Indian journal of veterinary science and animal husbandry - Volumes 22-23, 1952-1953
Year: 1952
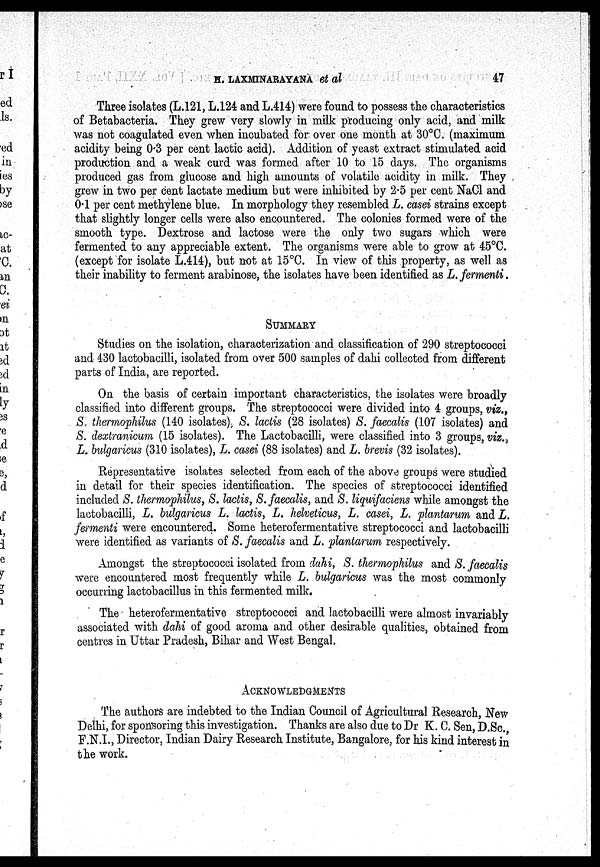
H. LAXMINARAYANA et
al
47
Three isolates (L.121, L.124 and L.414) were found to possess the characteristics
of Betabacteria. They grew very slowly in milk producing only acid, and milk
was not coagulated even when incubated for over one month at 30°C. (maximum
acidity being 0.3 per cent lactic acid). Addition of yeast extract stimulated acid
production and a weak curd was formed after 10 to 15 days. The organisms
produced gas from glucose and high amounts of volatile acidity in milk. They
grew in two per cent lactate medium but were inhibited by 2.5 per cent NaCl and
0.1 per cent methylene blue. In morphology they resembled L. casei strains except
that slightly longer cells were also encountered. The colonies formed were of the
smooth type. Dextrose and lactose were the only two sugars which were
fermented to any appreciable extent. The organisms were able to grow at 45°C.
(except for isolate L.414), but not at 15°C. In view of this property, as well as
their inability to ferment arabinose, the isolates have been identified as L. fermenti.
SUMMARY
Studies on the isolation, characterization and classification of 290 streptococci
and 430 lactobacilli, isolated from over 500 samples of dahi collected from different
parts of India, are reported.
On the basis of certain important characteristics, the isolates were broadly
classified into different groups. The streptococci were divided into 4 groups, viz.,
S. thermophilus (140 isolates), S. lactis (28 isolates) S. faecalis (107 isolates) and
S. dextranicum (15 isolates). The Lactobacilli, were classified into 3 groups, viz.,
L. bulgaricus (310 isolates), L. casei (88 isolates) and L. brevis (32 isolates).
Representative isolates selected from each of the above groups were studied
in detail for their species identification. The species of streptococci identified
included S. thermophilus, S. lactis, S. faecalis, and S. liquifaciens while amongst the
lactobacilli, L. bulgaricus L. lactis, L. helveticus, L. casei, L. plantarum and L.
fermenti were encountered. Some heterofermentative streptococci and lactobacilli
were identified as variants of S. faecalis and L. plantarum respectively.
Amongst the streptococci isolated from dahi, S. thermophilus and S. faecalis
were encountered most frequently while L. bulgaricus was the most commonly
occurring lactobacillus in this fermented milk.
The heterofermentative streptococci and lactobacilli were almost invariably
associated with dahi of good aroma and other desirable qualities, obtained from
centres in Uttar Pradesh, Bihar and West Bengal.
ACKNOWLEDGEMENTS
The authors are indebted to the Indian Council of Agricultural Research, New
Delhi, for sponsoring this investigation. Thanks are also due to Dr K. C. Sen, D.Sc.,
F.N.I., Director, Indian Dairy Research Institute, Bangalore, for his kind interest in
the work.